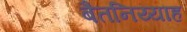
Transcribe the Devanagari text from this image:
बैतनिय्याह